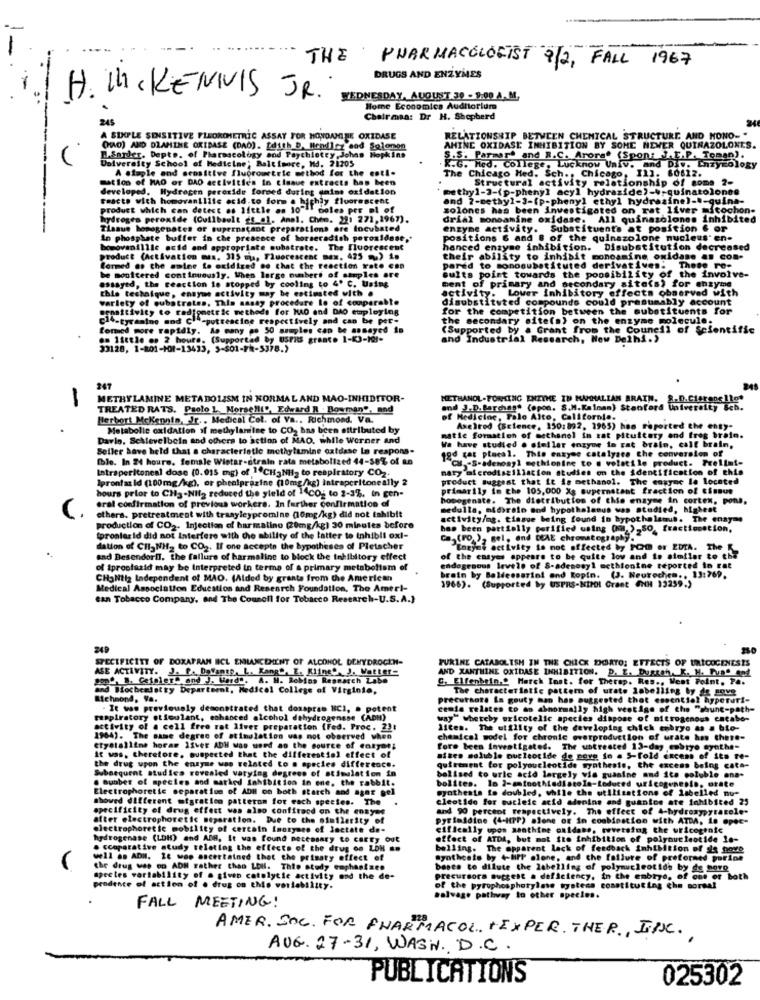
THE PHARMACOLOGIST 8/2, FALL 1967
DRUGS AND ENZYMES
H. M. KENNIS JR.
WEDNESDAY, AUGUST 30 - 9:00 A. M.
Home Economica Auditorium
245
Chairmana: Dr H. Shepherd
A SIMPLE SENSITIVE FLEORCHETRIC ASSAY FOR HONDAMINE OXIDASE
RELATIONSHIP BETWEEN CHEMICAL STRUCTURE AND NONO- "
(WO) AND DLAMINE ORIBASE (DAO). [dith D. Mendiez and Solomon
AMINE OXIDASE INHIBITION BY SOME NEWER QUINAZOLONES.
L.&order. Dept. of Pharmacology and Paychietry,Johns Hopkins
University School of Medicine; Baltimore, Md, 21205
S.S. Parmart and R.C. Arore" (Spon: J.L.P. Toman).
A staple and sensitive fluorometric method for the est !-
The Chicago Hed. Sch ., Chicago, [1]. 60612.
G. Med. College, Lucknow Univ. and Div. Enzymology
mation of MAO or DAO activities in cinaue extracts has been
Structural activity relationship of some 2-
developed. Hydrogen peroxide formed during sains oxidation
methyl-2-(p-phenyl acyl hydrazide)-4-quinatolonee
Fascte with homovanillie acid.to form a highly fluorescent
and ?- methyl-3-(p-phenyl ethyl hydrazine) -.- quina-
product which can detect os little as 10"
boles per ol of
zolones has been investigated on rat liver mitochon-
hydrogen peroxide (Cuilbault gs_al. Anal. Chem. 22: 271,1967).
All quinasolones inhibited
Tissue homogenates or supernatant preparations ore locubated
enzyme activity. Substituents at position & or
In phosphate buffer in che presence of horseradish peroxidase .*
positions 6 and @ of the quinszolone nucleus' en-
bomovanillle acid and appropriate substrate. The fluorescent
hanced enzyme inhibition.
Disubstitution decreased
. 315 ma, Fluorescent max. 425 %) 1.
their ability to inhibit monoamine oxidase an con-
Cormed as the amine to oxidized so that the reaction rate csa
pared to monosubstituted derivatives. These re-
be monitered continuously. When large numbers of samples are
essayed, the reaction is stopped by cooling to 4º C. Using
Gults point towards the poosibility of the involve-
this technique, ennyme activity may be estimated with .
activity. Lower inhibitory effects observed with
of primary and secondary site(s) for enzyme
warlety of cubatrates. This sasay procedure lo of comparable
disubstituted compounds could presumably account
sensitivity to redigmetric methods for KA0 and DAO employing
for the competition between the substituents for
c14-tyramine and Cla-puttescine respectively and can be per-
the secondary site(a) on the enzyme molecule.
formed more rapidly. As many .o 50 samples cap be ansayed in
(Supported by a Grant from the Council of Scientific
en little op 2 hours. (Supported by UsPit great. 1-(3-121-
and Industrial Research, New Delhi.'
33128, 1-801-101-13433, 5-$01-FR-5378.)
247
METHYLAMINE METABOLISM IN NORMAL AND MAO-INHIBITOR-
METHANOL-FORMING ENZYME IN MAMMALIAN BRAIN. S.D.Cistaos1let
TREATED RATS. Paolo L. Morse"ll", Edward R . Bowman", and
and J.D. Barchas" (opon. S.M.Kalman) Stanford Univere
Berbort Mckennin, Jr. . Medical Cot. of Va .. Richmond. Va.
of Medicine, Palo Alto, California.
Metabolle oxidation of methylamine to CO2 has been attributed by
Axelrod (Science, 150:892, 1965) has reported che enty-
Davis, Schlevelbein and others to action of MAO. while Werner and
matic formation of methanol in zat pituitary and freg brain.
Seller have held that a characteristic methylamine oxidase La respons-
We have studied . similar enzyur in rat brain, calf brain,
1od tat placal. This enkyse catalyare the conversion of
Ible. In 24 hours. female Wistar-strain rate metabolized 44-38% of an
CH .- S-adenosyl methionine to @ volatile product. Trelimi-
Intraperitoneal dose (0.015 mg) of 1"CH-NH2 to respiratory CO2.
maty of crodiszillation studies on the identification of this
Iprontaz Id (100mg/kg), or phealprazine (10mg/kg) intraperitoneally 2
product suggest that it is methanol. The enzyme le located
hours prior to CH3-Nita reduced the yleld of 14CO- to 2-3%, in gen-
primarily in the 105,000 X8 supernatant fraction of tissus
homogenate. The distribution of this enzyme in cortex, pons,
eral confirmation of previous workers. In further confirmation of
medulla, otobrain and hypothalamus was studied, highest
others. pretreatment with tranyleypromine (10mg/kg) did not tahibit
activity/mg. tissue being found in hypothalamus. The enayme
production of CO2. Injection of harmatino (20mg/kg) 30 minutes before
has been partially porified using (h ),So, fractionstion.
prontarid did not Interfere with the ability of the latter to inhibli ox !-
Ca,(ro ), sel, and DEAE chromatography."
dation of Cil, NH2 to CO2. If one accepte the hypotheses of Pletscher
cted y POD er EDIA. The
sad Besendorf, the failure of harmaline to block the inhibitory effect
of the ensyes appears to be quite lov and io similar to the
of iprostuzid may be Interpreted in terme of a primary metabolism of
endogenous levels of S-adenosyl methionine reported to rat
CHANtiz Independent of MAO. (Alded by grants from the American
brain by Baldessarinl end Ropin. (J. Neurochen ., 13:769.
1966). (Supported by USPRS-NIDHI Grant (NH 13259.)
Medical Association Education and Research Foundation. The Ameri-
can Tobacco Company, and The Council for Tobacco Research-U.S.A.}
249
SPECIFICITY OF DOKATRAN BCL EMLANCEMENT OF ALCOHOL DEHYDROGEN-
ASE ACTIVITY. J. f. Dotanto, L. Kang", E. Kline. J. Walker-
PURINE CATABOLISH IN THE CHICK DORTO: ETTECTS OF URICOGENESIS
AND XANTHINE OXIDASE INHIBITION. D. E. Dugtah, K. H. Pune and
pop". I. Cefaler. and J. Werd". A. H. Robins Research Zabe
S. Elfenbein.& March Inst. for Therep. Res ., West Point, Pa.
and Biochemistry Department, Medical College of Virginie,
The characteristic pattern of urate labelling by de sove
Richmond, Va.
precursore Is gouty man has suggested that essentiel hyperuri-
- It was previously demonstrated that dosapras HCI, . potent
centa relates to an abnormally high vestige of the "shunt-path-
respiratory stimulant, echanced alcohol dehydrogenase (ADH)
way" whereby uricotelle species dispose of nitrogenous encabe-
activity of a cell free rat liver preparation (Fed. Proc. 23:
Liten. The utility of the developing chick cobryo as a bio-
1964). The same degree of stimulation was not observed when
chemical model for chronic overproduction of urate has there-
etystalline horas Ifver ADH was used as the source of entyae;
fore been inwattgates. The ustreated 13-day embryo synthe-
It was, therefore, suspected that the differential effect of
sites soluble nucleotide de pore in a 5-fold encens of its re-
the drug upon the enzyme was related to @ species difference.
Subsequent studies revealed varying degrees of stimulation in
quitement for polyoucleotide synthesis, the excess being cata-
Subbet of species and matked Inhibition in ene, the rabbit.
bolised to uric acid largely vis guanine and its coluble one-
bolites. lo 2-aminothedistola-teduced uricogenesis, orate
Electrophoretic separation of ADH on both starch and ager gel
synthesis to doubled, while the utilisations of labelled nu-
showed different migration patterom for each spectes. The
cleotide for nucleic acid adenins and guantos ate inhibited 25
specificity of drug effect was also confitand on the ensyes
and 90 percent respectively. The effect of 4-hydroxypytacole-
after electrophoretic separation. Due to the similarity of
pyrimidine (4-HTP) alone or in combination with ATDA, in opec-
electrophoretic mobility of certain Inoxyare of Inetate de-
ciflemily upon santhime caidate, reversing the uricogtnie
hydrogenase (LDH) and ADH, It was found necessary to carry out
effect of ATDA, but mot ite inhibition of polynucleotide 1e-
. ccaparative study relating the effects of the drug os LON ..
belling. The apparent lack of feedback inhibition of de pove
well as ADM. Le wee ascertained that the primary effect of
@yotheets by 4-Biff alene, and the failure of preformed porine
the drug was oo ADH rather than LDH. This study emphasizes
bases to dilute the labelling of polynucleotide by de novo
apreles variability of a given cotolytie activity ond the de-
precursora suggest a deficiency, in the enbiye, of out or both
prodente of action of . drug on the variability.
of the pyrophosphotylase tystess constituting che normal
FALL MEETING!
salvage pathway to other species.
AMER. SOC. FOR PHARMACOL. +EXPER. THER, INC.
AUG. 27- 31, WASH. D.C.
PUBLICATIONS
025302